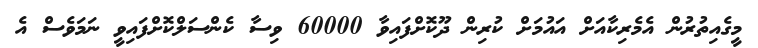
މީގެއިތުރުން އެމެރިކާއަށް އައުމަށް ކުރިން ދޫކޮށްފައިވާ 60000 ވިސާ ކެންސަލްކޮށްފައިވީ ނަމަވެސް އެ